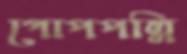
গোপপল্লি